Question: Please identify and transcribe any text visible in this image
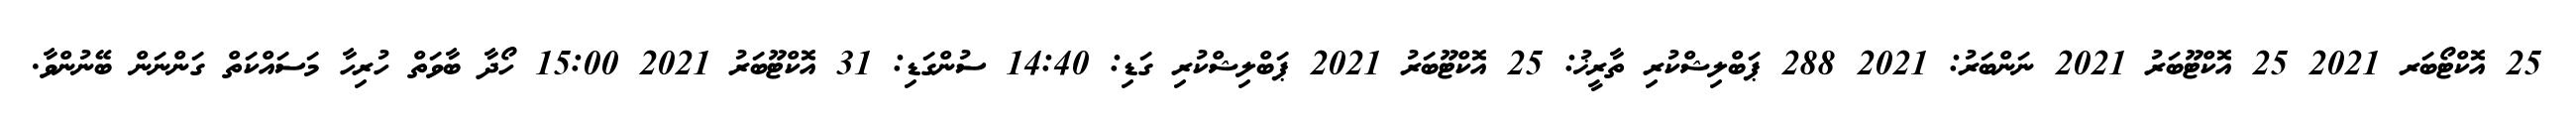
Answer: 25 އޮކްޓޯބަރ 2021 25 އޮކްޓޫބަރު 2021 ނަންބަރު: 2021 288 ޕަބްލިޝްކުރި ތާރީޚު: 25 އޮކްޓޫބަރު 2021 ޕަބްލިޝްކުރި ގަޑި: 14:40 ސުންގަޑި: 31 އޮކްޓޫބަރު 2021 15:00 ހޯދާ ބާވަތް ހުރިހާ މަސައްކަތް ގަންނަން ބޭނުންވާ.